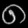
Digit: ၈